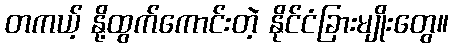
တကယ့် နို့ထွက်ကောင်းတဲ့ နိုင်ငံခြားမျိုးတွေ။